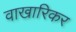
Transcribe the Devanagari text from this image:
वाखारिकर